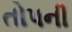
તોપની